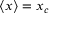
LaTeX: \langle x \rangle = x _ { c }